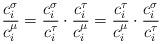
LaTeX: \begin{align*}\frac{c^{\sigma}_i}{c^{\mu}_i}=\frac{c^{\sigma}_i}{c^{\tau}_i}\cdot\frac{c^{\tau}_i}{c^{\mu}_i}=\frac{c^{\tau}_i}{c^{\mu}_i}\cdot\frac{c^{\sigma}_i}{c^{\tau}_i}\end{align*}